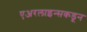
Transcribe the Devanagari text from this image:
एअरलाइन्सकडून